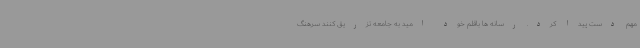
مهم دست پیدا کرد. رسانه ها باقلم خود امید به جامعه تزریق کنند سرهنگ